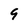
Character: 9